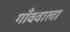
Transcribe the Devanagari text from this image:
गाँववाला